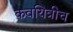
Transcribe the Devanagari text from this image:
कवयित्रीच